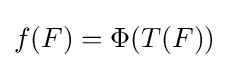
f(F)=\Phi (T(F))